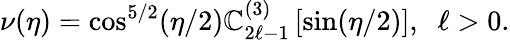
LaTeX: \nu(\eta)=\cos^{5/2}(\eta/2)\mathbb{C}_{2\ell-1}^{(3)}\left[\sin(\eta/2)\right],\; \; \ell>0.